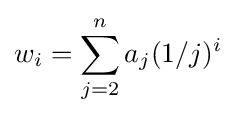
w_{i}=\sum _{j=2}^{n}a_{j}(1/j)^{i}